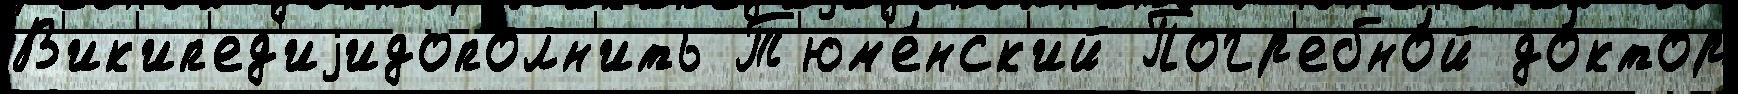
В'ик'ип'ед'иjидополн'ить Т'юм'е́нск'ий Погр'ебно́й до́ктор